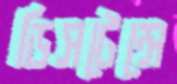
ডিসটেন্সে